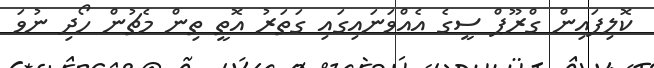
ކޮލިފައިން ގްރޫޕް ސީގެ އެއްވަަނައިގައި ގަތަރު އޮތީ ތިން މެޗުން ހޯދި ނުވަ